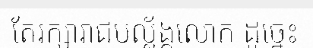
តែរក្សារាជបល្ល័ង្កលោក ដូច្នេះ